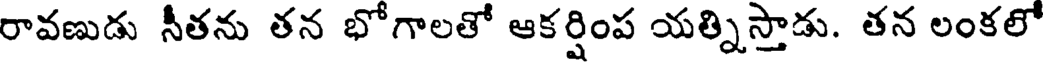
రావణుడు నీతను తన భోగాలతో ఆకర్షింప యత్నిస్తాడు. తన లంకలో